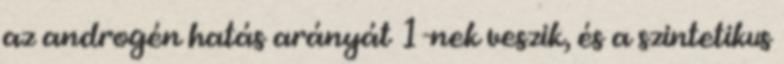
az androgén hatás arányát 1-nek veszik, és a szintetikus